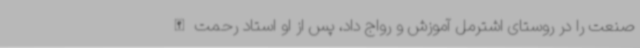
صنعت را در روستای اشترمل آموزش و رواج داد، ‌پس از او استاد رحمت الله